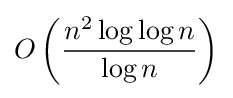
O\left({\frac {n^{2}\log \log n}{\log n}}\right)